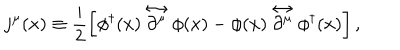
j ^ { \mu } ( x ) \equiv \frac { i } { 2 } \left[ \phi ^ { \dagger } ( x ) \stackrel { \leftrightarrow } { \partial ^ { \mu } } \phi ( x ) - \phi ( x ) \stackrel { \leftrightarrow } { \partial ^ { \mu } } \phi ^ { \dagger } ( x ) \right] ,